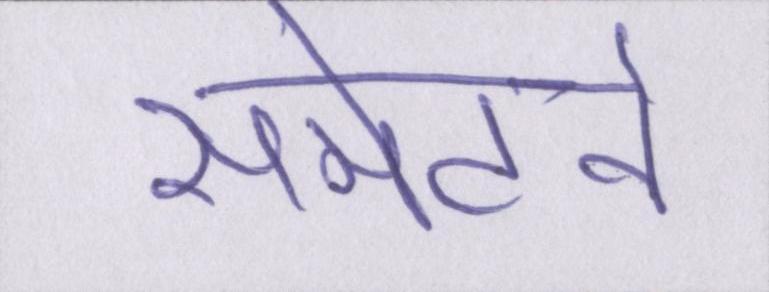
समेटने